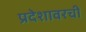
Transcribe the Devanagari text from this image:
प्रदेशावरची